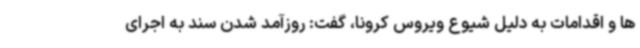
ها و اقدامات به دلیل شیوع ویروس کرونا، گفت: روزآمد شدن سند به اجرای